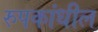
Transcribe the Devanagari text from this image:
रुपकांधील